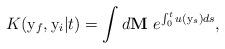
LaTeX: \begin{align*} K({\mathrm y}_f, {\mathrm y}_i| t)=\int d {\bf M}\ e^{\int_{0}^t u({\mathrm y}_s) ds}, \end{align*}